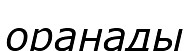
оранады